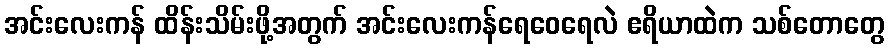
အင်းလေးကန် ထိန်းသိမ်းဖို့အတွက် အင်းလေးကန်ရေဝေရေလဲ ဧရိယာထဲက သစ်တောတွေ